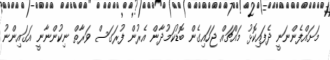
މަށައްފެންނަނީ ދެފައިކޮޅު މައްޗައް ޖަހައިގެން ބޮޑުކަމުދާން އެރުން ފުރަގަސް ވަރާތް ނިކުންނާނީ އަގައިންނު